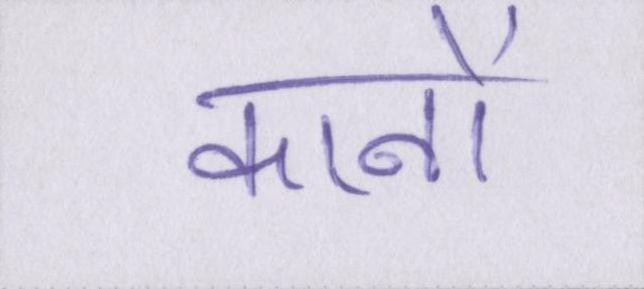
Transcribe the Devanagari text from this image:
कानों